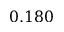
0 . 1 8 0